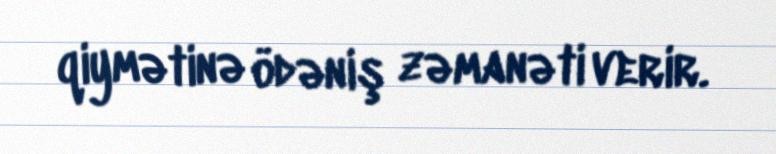
qiymətinə ödəniş zəmanəti verir.